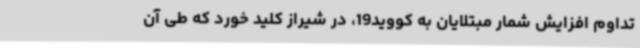
تداوم افزایش شمار مبتلایان به کووید19، در شیراز کلید خورد که طی آن